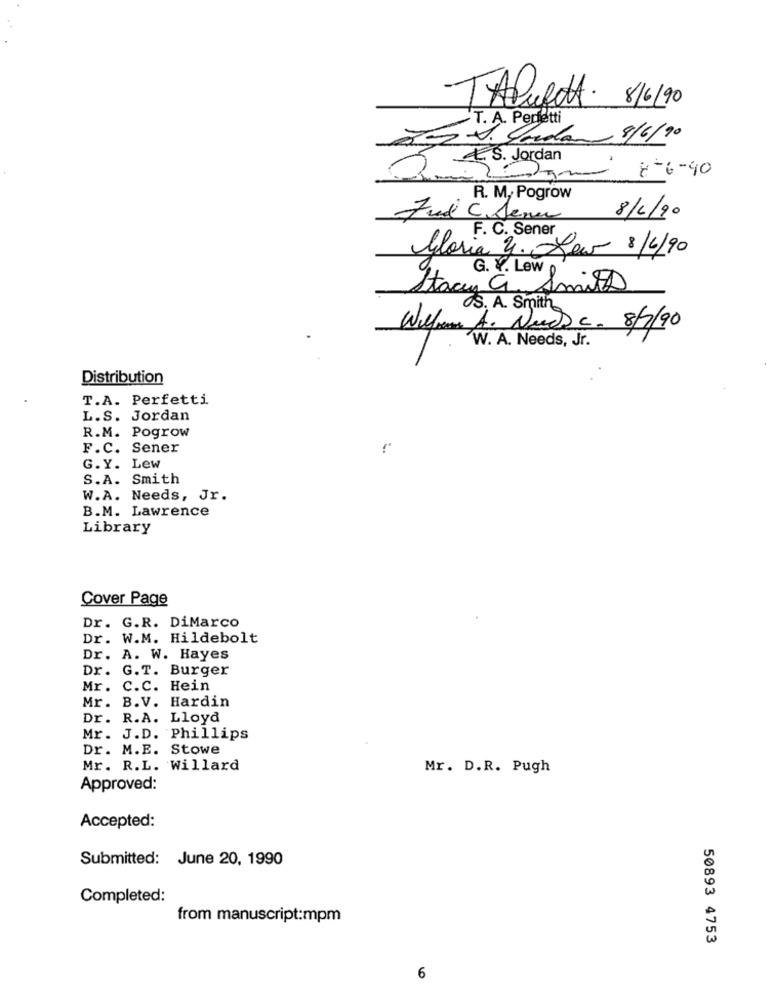
TApulot. 8/6/90
T. A. Perfetti
V. Cordo 9/6/90
ES. Jordan
8-6-40
R. M, Pogrow
8/2/90
7ud C. Senu
F. C. Sener
gloria 3. Lew 8/6/90
G. Y. Lew p
Stacey a Smits
S. A. Smith
Wilform A. Nucl c. 8/7/90
W. A. Needs, Jr.
Distribution
T.A. Perfetti
L.S. Jordan
R.M. Pogrow
F.C. Sener
G.Y. Lew
S.A. Smith
W.A. Needs, Jr.
B.M. Lawrence
Library
Cover Page
Dr. G.R. DiMarco
Dr. W.M. Hildebolt
Dr. A. W. Hayes
Dr. G.T. Burger
Mr.
C.C. Hein
Mr. B.V. Hardin
Dr. R.A. Lloyd
Mr. J.D. Phillips
Dr. M.E. Stowe
Mr. R.L. Willard
Mr. D.R. Pugh
Approved:
Accepted:
Submitted: June 20, 1990
Completed:
from manuscript:mpm
50893 4753
6